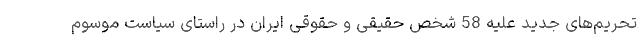
تحریم‌های جدید علیه 58 شخص حقیقی و حقوقی ایران در راستای سیاست موسوم